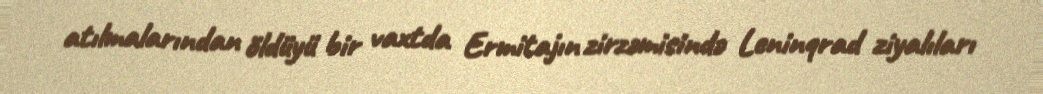
atılmalarından öldüyü bir vaxtda Ermitajın zirzəmisində Leninqrad ziyalıları